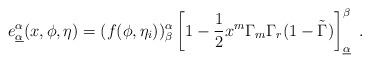
LaTeX: \begin{align*}e^{\alpha} _{\underline {\alpha}}(x, \phi, \eta)= (f (\phi,\eta_i))^\alpha_\beta\left [ 1 -{1\over 2} x^m \Gamma_m \Gamma_r (1- \tilde \Gamma)\right]^\beta_{\underline {\alpha}} \ .\end{align*}